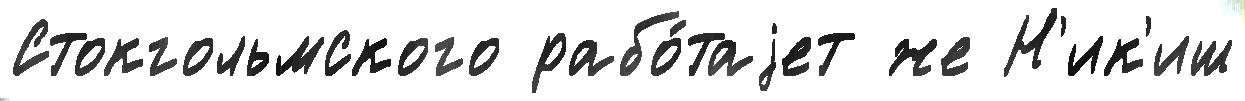
Стокгольмского рабо́таjет же Н'ик'иш